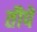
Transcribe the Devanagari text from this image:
तौपें